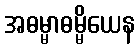
အဓမ္မာဓမ္မိယေန